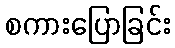
စကားပြောခြင်း